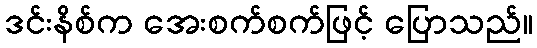
ဒင်းနိစ်က အေးစက်စက်ဖြင့် ပြောသည်။